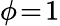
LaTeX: \phi\! =\! 1